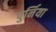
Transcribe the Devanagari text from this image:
पुर्निया